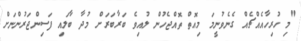
"މި ހުރިހާއެއްޗެއް ގެނެވުނީމަ މިއޮތް ތޮއްޖެހުން ލުއިވެ ބަރާބަރަށް މުދާ ބާލައި ފަސިންޖަރުންނަށް